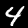
Digit: 4